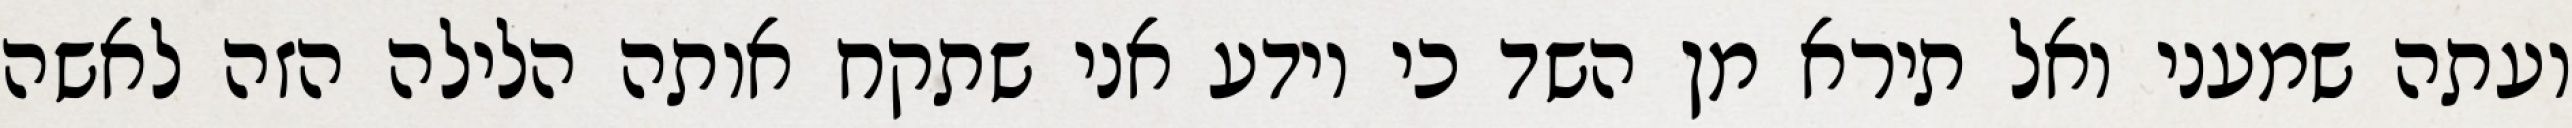
ועתה שמעני ואל תירא מן השד כי יודע אני שתקח אותה הלילה הזה לאשה